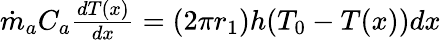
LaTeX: \begin{array}{r}{{\dot{m}}_{a}C_{a}\frac{dT(x)}{dx}=(2{\pi r}_{1})h(T_{0}-T(x))dx}\end{array}